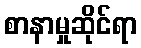
စာနာမှုဆိုင်ရာ